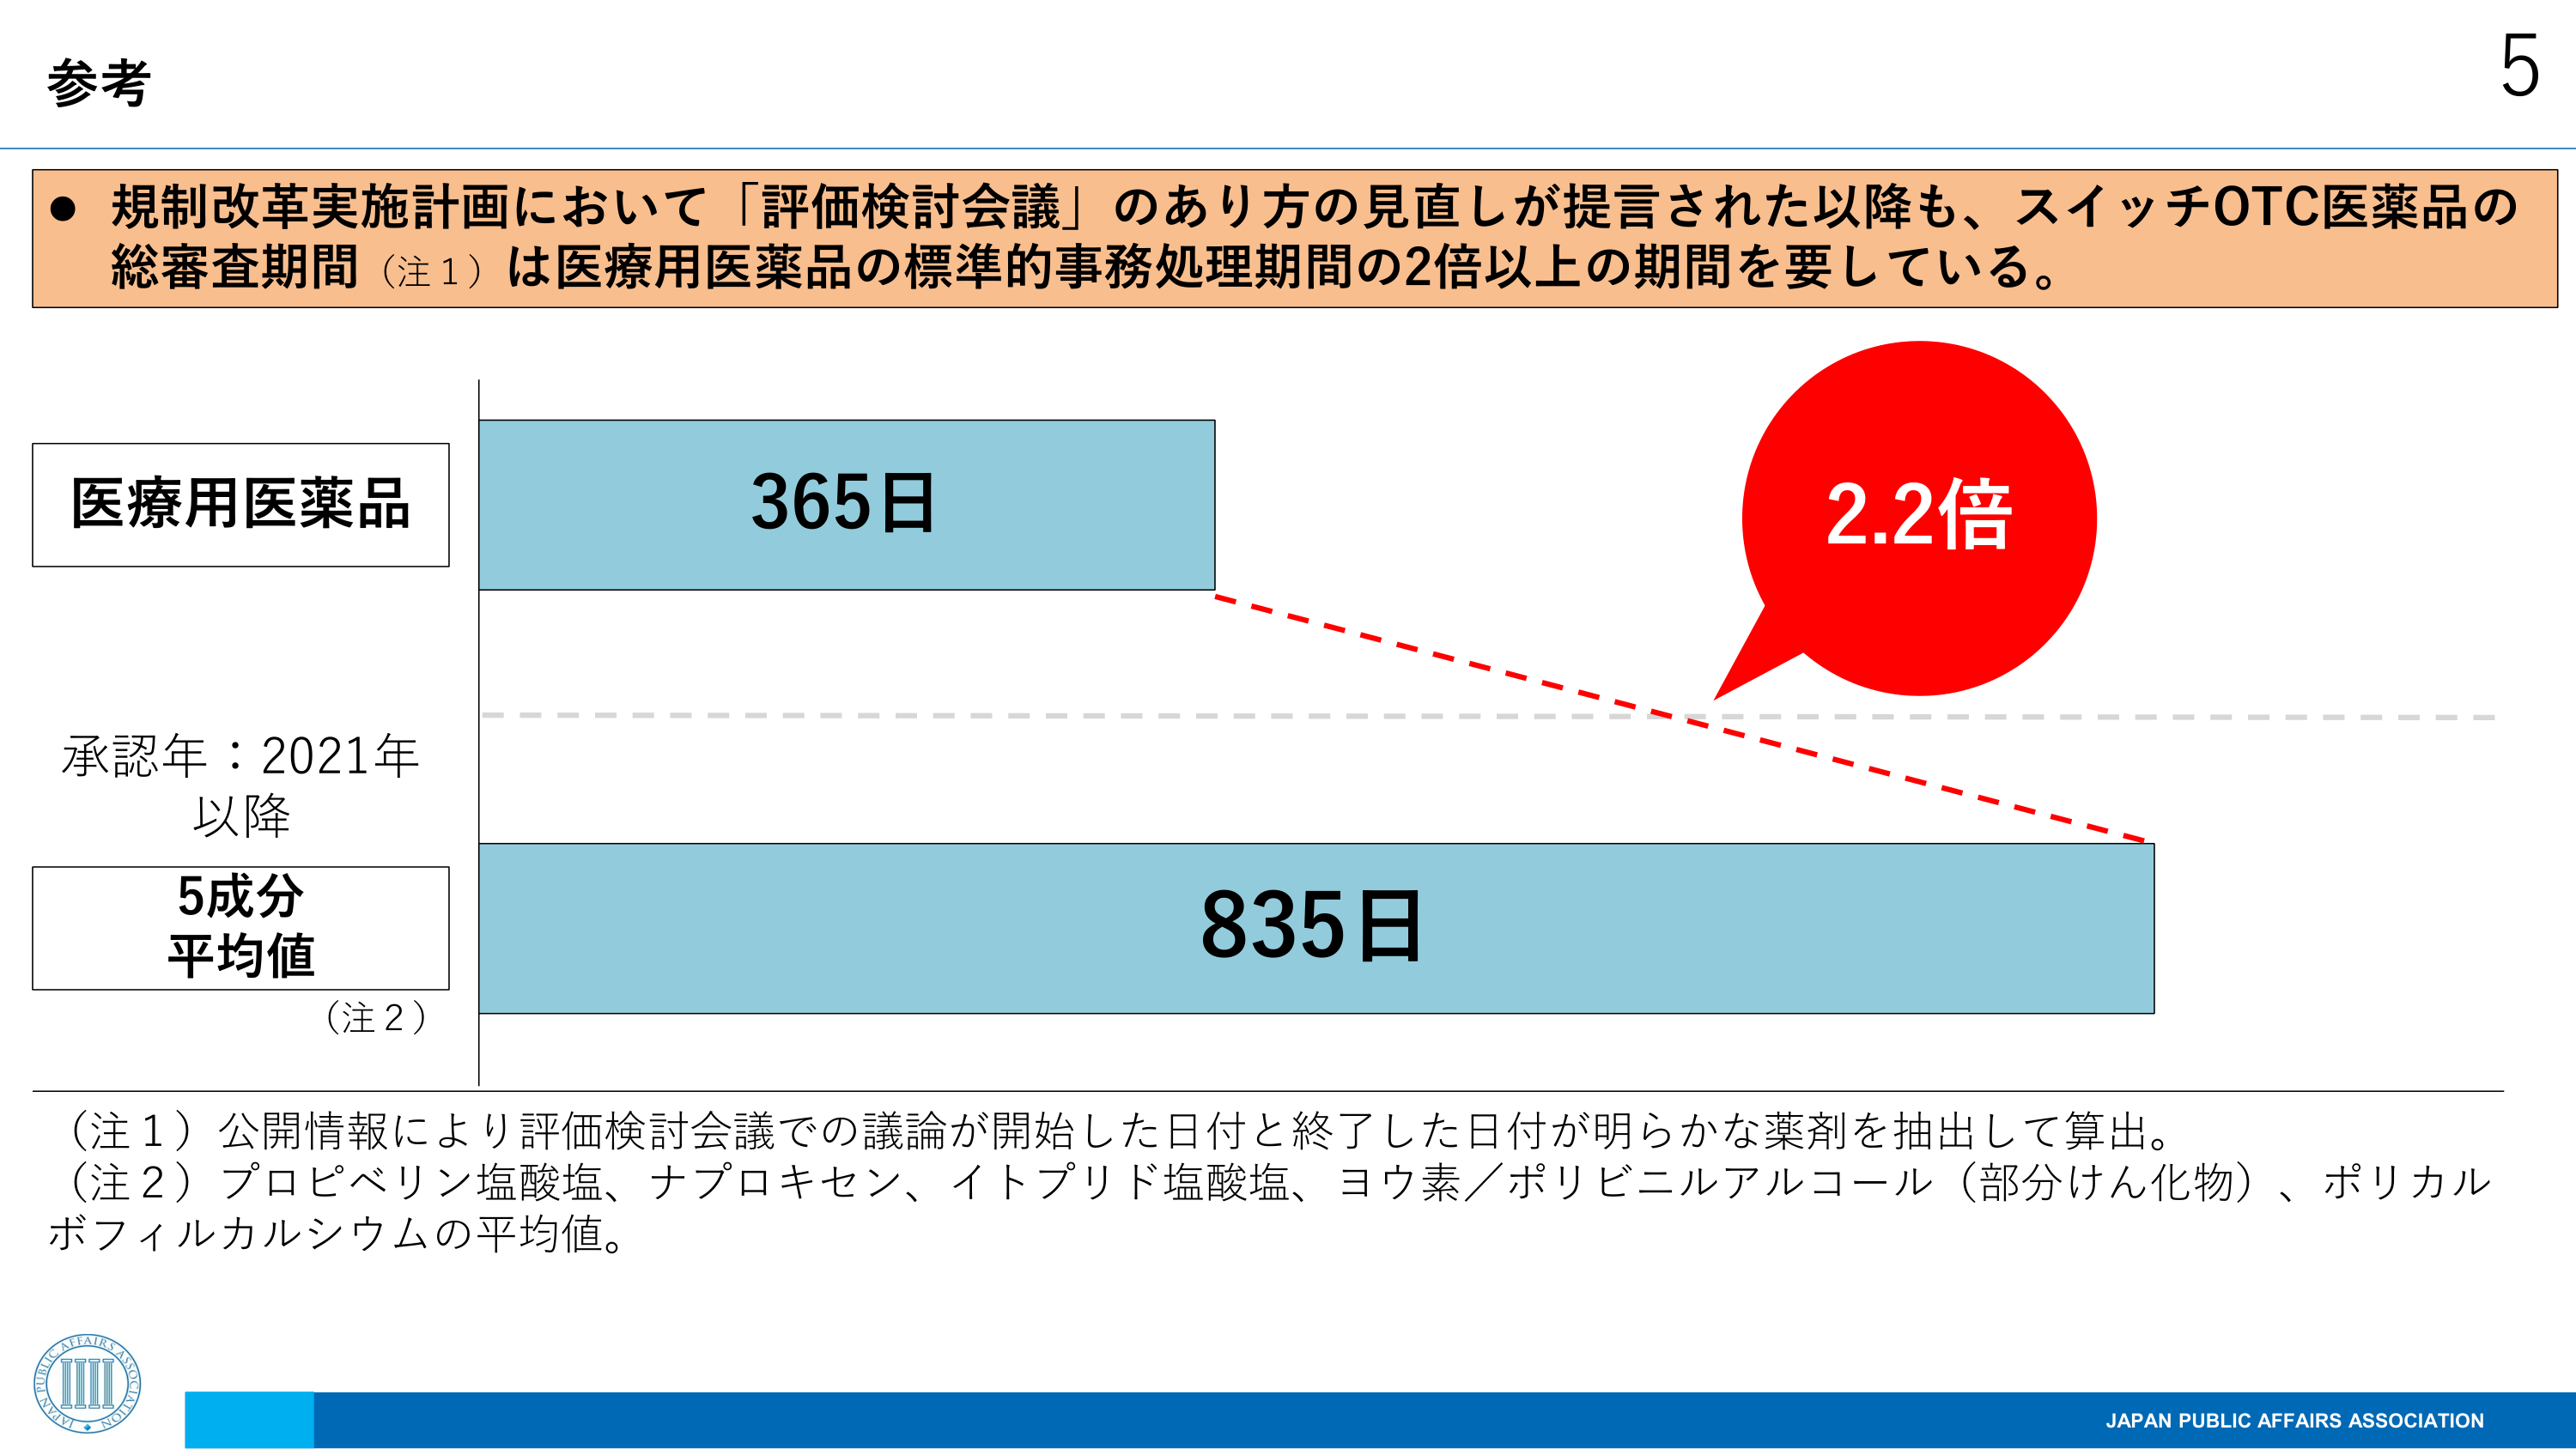
参考

● 規制改革実施計画において「評価検討会議」のあり方の見直しが提言された以降も、スイッチOTC医薬品の総審査期間（注1）は医療用医薬品の標準的事務処理期間の2倍以上の期間を要している。

医療用医薬品
365日

承認年：2021年
以降

5成分
平均値
（注2）
835日

2.2倍

（注1）公開情報により評価検討会議での議論が開始した日付と終了した日付が明らかな薬剤を抽出して算出。
（注2）プロピベリン塩酸塩、ナプロキセン、イトプリド塩酸塩、ヨウ素／ポリビニルアルコール（部分けん化物）、ポリカルボフィルカルシウムの平均値。

JAPAN PUBLIC AFFAIRS ASSOCIATION

5